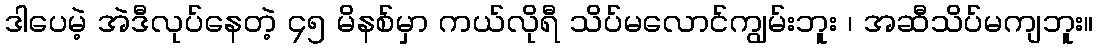
ဒါပေမဲ့ အဲဒီလုပ်နေတဲ့ ၄၅ မိနစ်မှာ ကယ်လိုရီ သိပ်မလောင်ကျွမ်းဘူး ၊ အဆီသိပ်မကျဘူး။